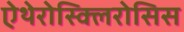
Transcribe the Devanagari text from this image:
ऐथेरोस्क्लिरोसिस